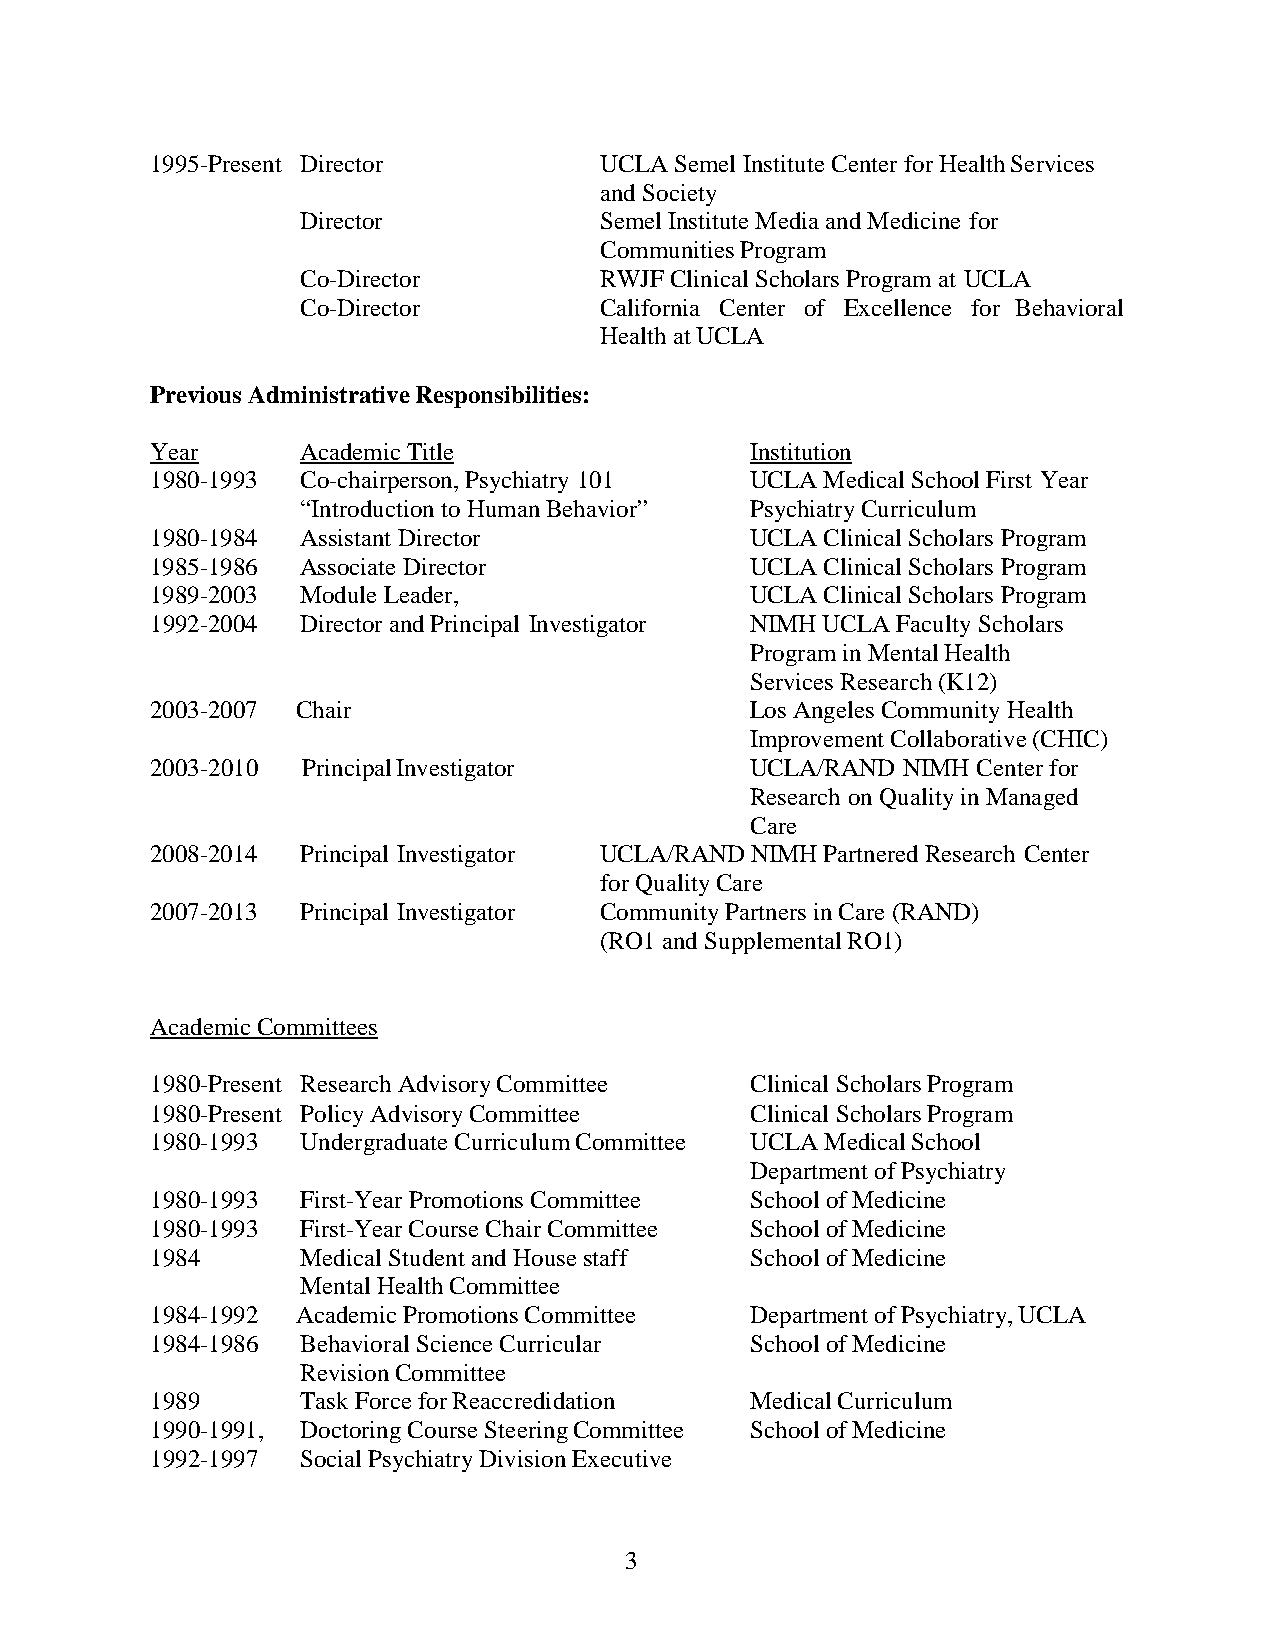
1995-Present Director         UCLA Semel Institute Center for Health Services
 and Society
 Director            Semel Institute Media and Medicine for
 Communities Program
 Co-Director         RWJF Clinical Scholars Program at UCLA
 Co-Director         California Center of Excellence for Behavioral
 Health at UCLA
 Previous Administrative Responsibilities:
 Year      Academic Title                Institution
 1980-1993 Co-chairperson, Psychiatry 101 UCLA Medical School First Year
 “Introduction to Human Behavior” Psychiatry Curriculum
 1980-1984 Assistant Director            UCLA Clinical Scholars Program
 1985-1986 Associate Director            UCLA Clinical Scholars Program
 1989-2003 Module Leader,                UCLA Clinical Scholars Program
 1992-2004 Director and Principal Investigator NIMH UCLA Faculty Scholars
 Program in Mental Health
 Services Research (K12)
 2003-2007 Chair                         Los Angeles Community Health
 Improvement Collaborative (CHIC)
 2003-2010 Principal Investigator        UCLA/RAND NIMH Center for
 Research on Quality in Managed
 Care
 2008-2014 Principal Investigator UCLA/RAND NIMH Partnered Research Center
 for Quality Care
 2007-2013 Principal Investigator Community Partners in Care (RAND)
 (RO1 and Supplemental RO1)
 Academic Committees
 1980-Present Research Advisory Committee Clinical Scholars Program
 1980-Present Policy Advisory Committee  Clinical Scholars Program
 1980-1993 Undergraduate Curriculum Committee UCLA Medical School
 Department of Psychiatry
 1980-1993 First-Year Promotions Committee School of Medicine
 1980-1993 First-Year Course Chair Committee School of Medicine
 1984      Medical Student and House staff School of Medicine
 Mental Health Committee
 1984-1992 Academic Promotions Committee Department of Psychiatry, UCLA
 1984-1986 Behavioral Science Curricular School of Medicine
 Revision Committee
 1989      Task Force for Reaccredidation Medical Curriculum
 1990-1991, Doctoring Course Steering Committee School of Medicine
 1992-1997 Social Psychiatry Division Executive
 3